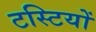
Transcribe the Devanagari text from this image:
टस्टियों